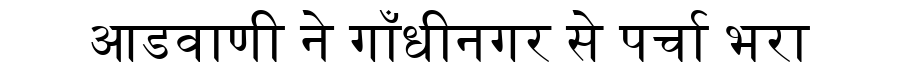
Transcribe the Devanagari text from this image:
आडवाणी ने गाँधीनगर से पर्चा भरा